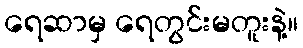
ရေဆာမှ ရေတွင်းမတူးနဲ့။